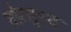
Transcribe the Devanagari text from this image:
तोरसुएव